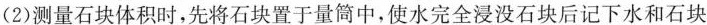
(2)测量石块体积时，先将石块置于量筒中，使水完全浸没石块